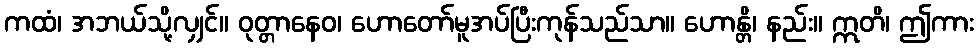
ကထံ၊ အဘယ်သို့လျှင်။ ဝုတ္တာနေဝ၊ ဟောတော်မူအပ်ပြီးကုန်သည်သာ။ ဟောန္တိ၊ နည်း။ ဣတိ၊ ဤကား